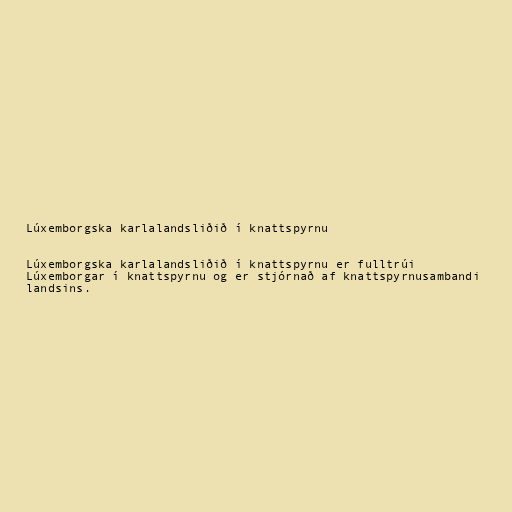
Lúxemborgska karlalandsliðið í knattspyrnu

Lúxemborgska karlalandsliðið í knattspyrnu er fulltrúi
Lúxemborgar í knattspyrnu og er stjórnað af knattspyrnusambandi
landsins.